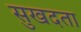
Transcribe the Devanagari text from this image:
सुखदता